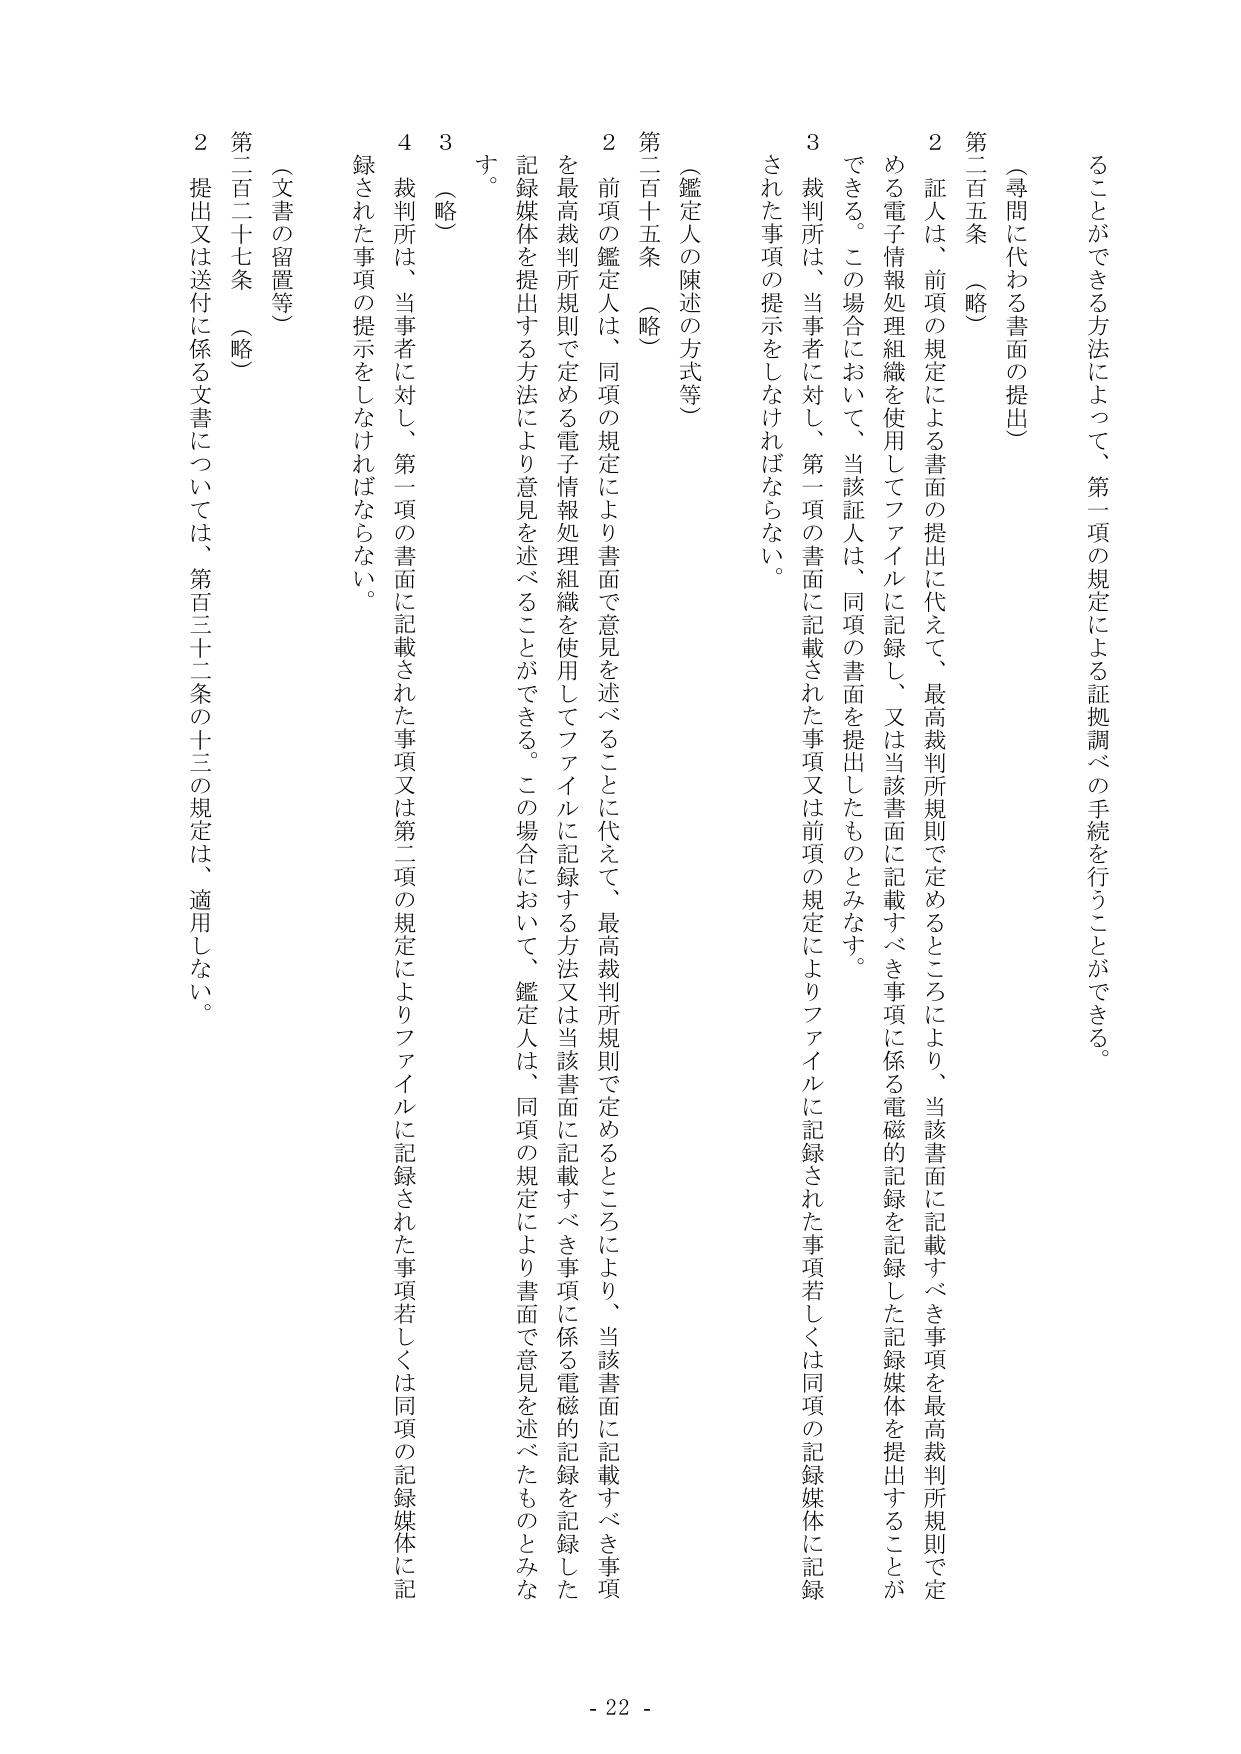
（尋問に代わる書面の提出）

第二百五条 （略）

２ 証人は、前項の規定による書面の提出に代えて、最高裁判所規則で定める電子情報処理組織を使用してファイルに記録し、又は当該書面に記載すべき事項に係る電磁的記録を記録した記録媒体を提出することができる。この場合において、当該証人は、同項の書面を提出したものとみなす。

３ 裁判所は、当事者に対し、第一項の書面に記載された事項又は前項の規定によりファイルに記録された事項若しくは同項の記録媒体に記録された事項の提示をしなければならない。

（鑑定人の陳述の方式等）

第二百五条 （略）

２ 前項の鑑定人は、同項の規定により書面で意見を述べることに代えて、最高裁判所規則で定めるところにより、当該書面に記載すべき事項を最高裁判所規則で定める電子情報処理組織を使用してファイルに記録する方法又は当該書面に記載すべき事項に係る電磁的記録を記録した記録媒体を提出する方法により意見を述べることができる。この場合において、鑑定人は、同項の規定により書面で意見を述べたものとみなす。

３ （略）

４ 裁判所は、当事者に対し、第一項の書面に記載された事項又は第二項の規定によりファイルに記録された事項若しくは同項の記録媒体に記録された事項の提示をしなければならない。

（文書の留置等）

第二百二十七条 （略）

２ 提出又は送付に係る文書については、第百三十二条の十三の規定は、適用しない。

- 22 -